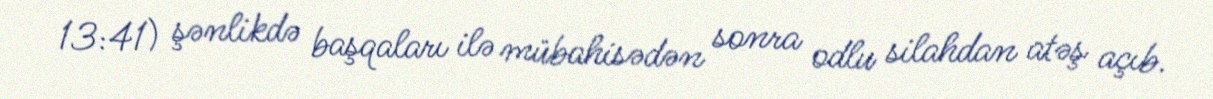
13:41) şənlikdə başqaları ilə mübahisədən sonra odlu silahdan atəş açıb.